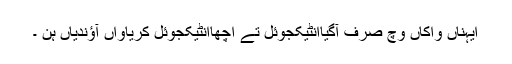
ایہناں واکاں وچ صرف آگیاانٹیکجوئل تے اچھاانٹیکجوئل کریاواں آؤندیاں ہن ۔